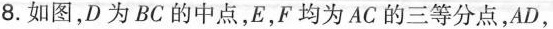
8.如图，D为BC的中点，E，F均为AC的三等分点，AD，